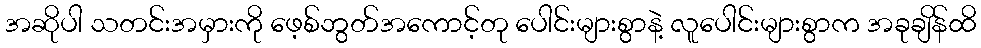
အဆိုပါ သတင်းအမှားကို ဖေ့စ်ဘွတ်အကောင့်တု ပေါင်းများစွာနဲ့ လူပေါင်းများစွာက အခုချိန်ထိ